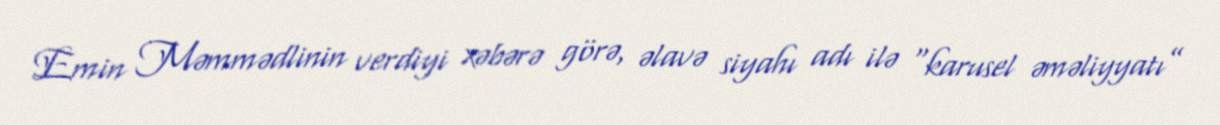
Emin Məmmədlinin verdiyi xəbərə görə, əlavə siyahı adı ilə “karusel əməliyyatı”